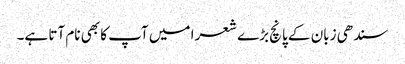
سندھی زبان کے پانچ بڑے شعرا میں آپ کا بھی نام آتا ہے۔